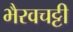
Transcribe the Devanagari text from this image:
भैरवचट्टी